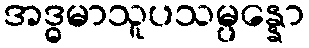
အဒ္ဓမာသူပသမ္ပန္နော